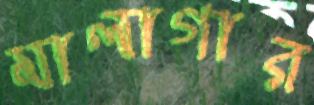
মালাগার